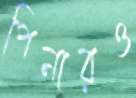
পিনারও